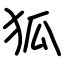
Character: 狐